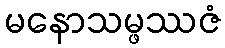
မနောသမ္ဖဿဇံ